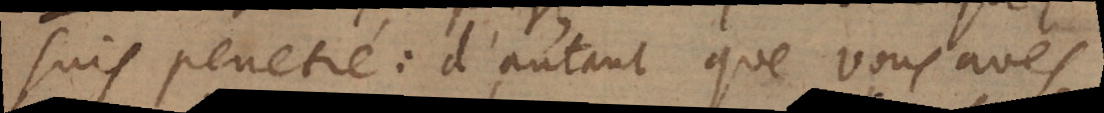
suis penetré: d’autant que vous avés